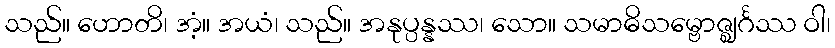
သည်။ ဟောတိ၊ အံ့။ အယံ၊ သည်။ အနုပ္ပန္နဿ၊ သော။ သမာဓိသမ္ဗောဇ္ဈင်္ဂဿ ဝါ၊